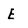
Character: E